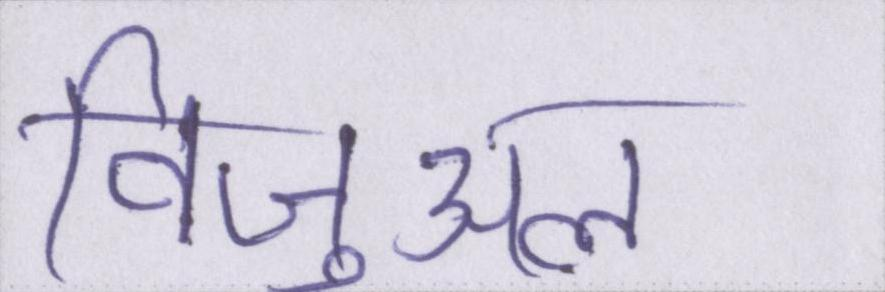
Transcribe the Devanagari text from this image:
विजुअल